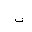
Letter: _ba